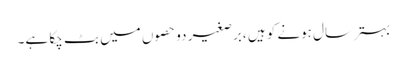
بہتر سال ہونے کو ہیں ،برصغیر دو حصوں میں بٹ چکا ہے۔